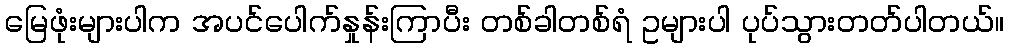
မြေဖုံးများပါက အပင်ပေါက်နှုန်းကြာပီး တစ်ခါတစ်ရံ ဥများပါ ပုပ်သွားတတ်ပါတယ်။